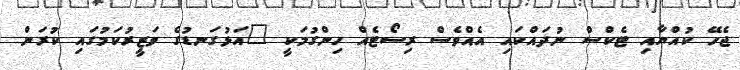
ޖެހޭ ކުއްޔާއި ޓެކްސް ނުދައްކައި އެއްވެސް ރިސޯޓެއް ހިންގުމަކީ "އަޅުގަނޑުގެ ވަޒީރުކަމުގައި ކުރަން